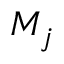
M _ { j }